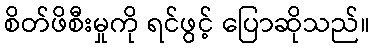
စိတ်ဖိစီးမှုကို ရင်ဖွင့် ပြောဆိုသည်။